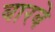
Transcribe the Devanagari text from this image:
बारबे